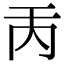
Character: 𠀛